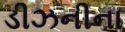
ડીઝનીના